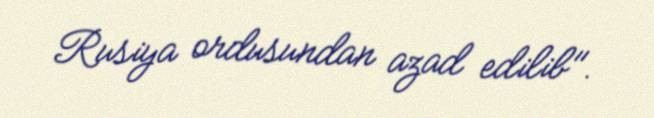
Rusiya ordusundan azad edilib".